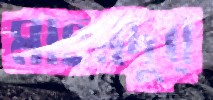
মাহমদুর